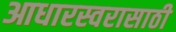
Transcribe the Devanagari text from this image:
आधारस्वरासाठी